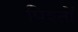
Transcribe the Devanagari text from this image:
पिश्तों